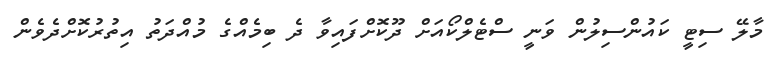
މާލޭ ސިޓީ ކައުންސިލުން ވަނީ ސްޓެލްކޯއަށް ދޫކޮށްފައިވާ ދެ ބިމެއްގެ މުއްދަތު އިތުރުކޮށްދެވެން